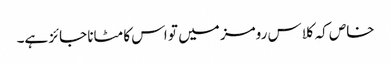
خاص کہ کلاس رومز میں تو اس کا مٹانا جائز ہے۔